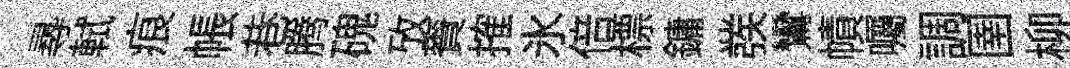
𡬶軾痕帳巷腾磈攷賚搉氷倍標鏞彂鸞幘囑調圉柳